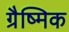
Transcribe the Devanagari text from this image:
ग्रैष्मिक